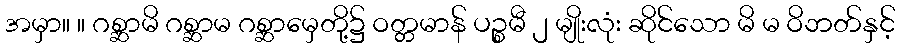
အမှာ။ ။ ဂစ္ဆာမိ ဂစ္ဆာမ ဂစ္ဆာမှေတို့၌ ဝတ္တမာန် ပဉ္စမီ ၂ မျိုးလုံး ဆိုင်သော မိ မ ဝိဘတ်နှင့်